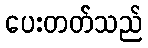
ပေးတတ်သည်